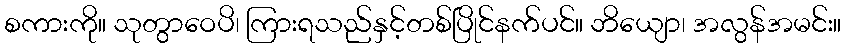
စကားကို။ သုတွာဝေပိ၊ ကြားရသည်နှင့်တစ်ပြိုင်နက်ပင်။ ဘိယျော၊ အလွန်အမင်း။